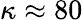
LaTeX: \kappa\approx 80